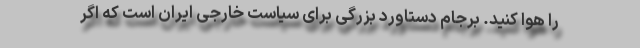
را هوا کنید. برجام دستاورد بزرگی برای سیاست خارجی ایران است که اگر